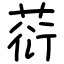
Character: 葕